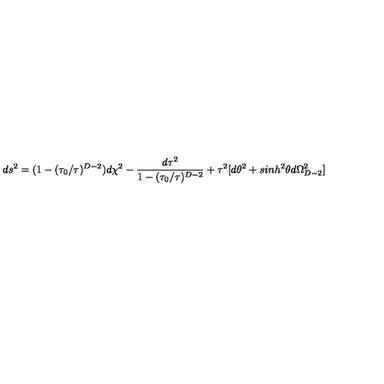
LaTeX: d s ^ { 2 } = ( 1 - ( \tau _ { 0 } / \tau ) ^ { D - 2 } ) d \chi ^ { 2 } - \frac { d \tau ^ { 2 } } { 1 - ( \tau _ { 0 } / \tau ) ^ { D - 2 } } + \tau ^ { 2 } [ d \theta ^ { 2 } + s i n h ^ { 2 } \theta d \Omega _ { D - 2 } ^ { 2 } ]